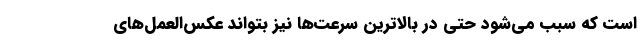
است که سبب می‌شود حتی در بالاترین سرعت‌ها نیز بتواند عکس‌العمل‌های